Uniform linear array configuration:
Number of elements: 24
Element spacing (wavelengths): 0.75
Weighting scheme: uniform
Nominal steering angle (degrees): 15
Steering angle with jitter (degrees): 16.518
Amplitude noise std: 0.05
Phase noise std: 0.05

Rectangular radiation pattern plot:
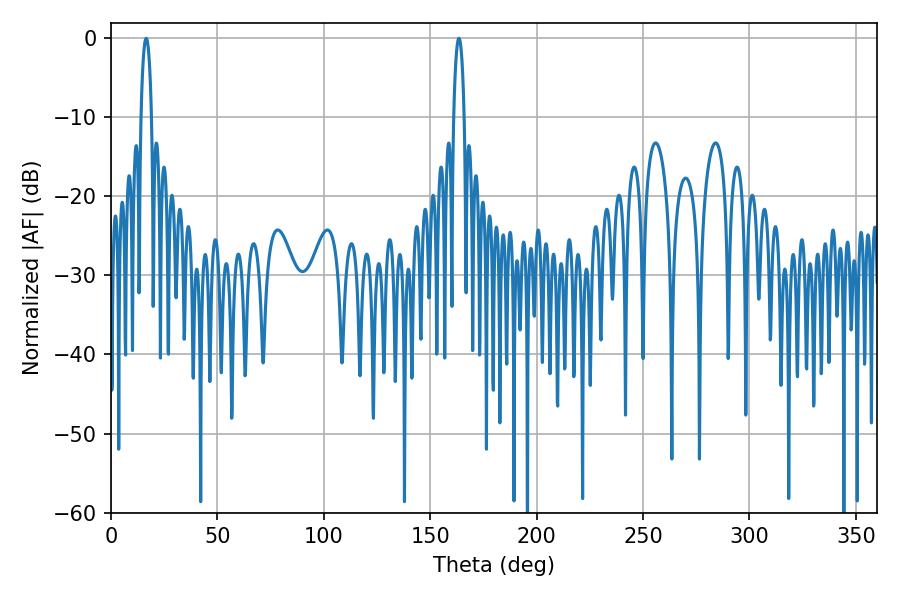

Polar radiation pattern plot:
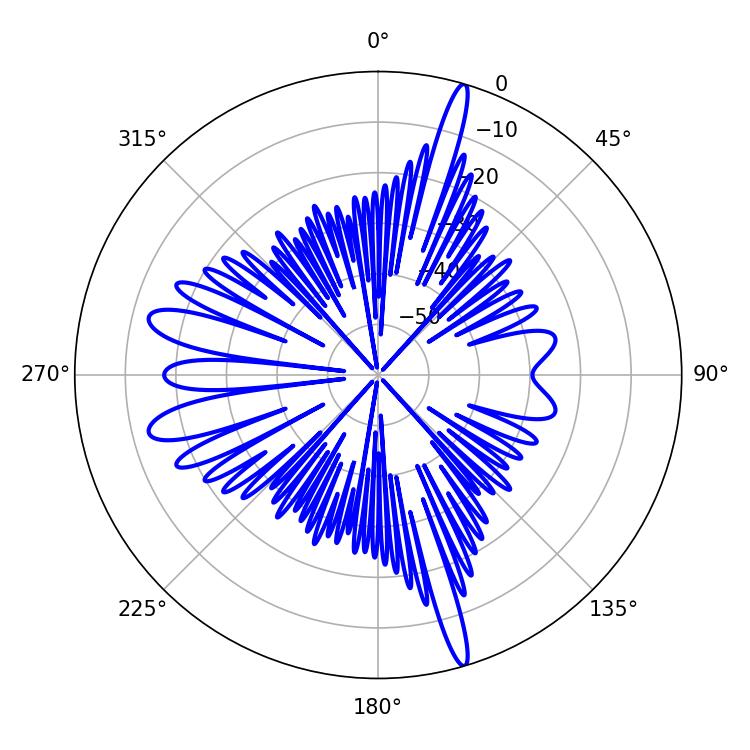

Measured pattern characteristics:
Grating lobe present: TRUE
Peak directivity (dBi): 20.657
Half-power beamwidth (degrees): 2.88
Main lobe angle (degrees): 16.56